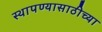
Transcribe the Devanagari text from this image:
स्थापण्यासाठीच्या